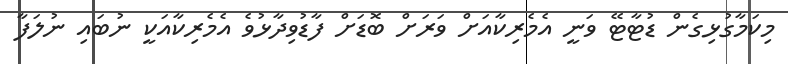
މިކަމާގުޅިގެން ޑުޓާޓޭ ވަނީ އެމެރިކާއަށް ވަރަށް ބޮޑަށް ފާޑުވިދާޅުވެ އެމެރިކާއަކީ ނުބައި ނުލަފާ